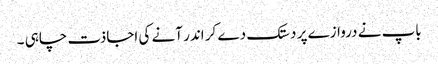
باپ نے دروازے پر دستک دے کر اندر آنے کی اجاذت چاہی ۔